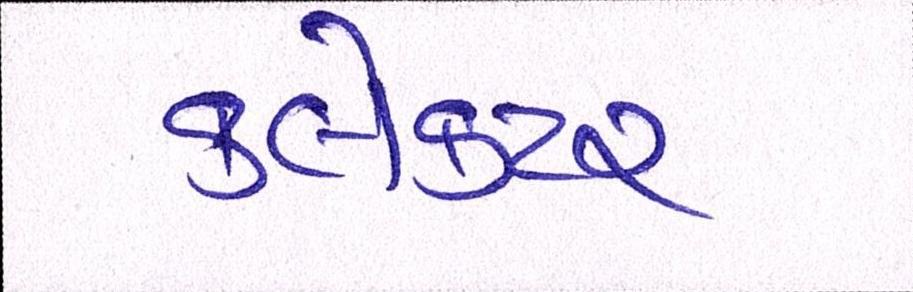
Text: ક્લેક્ટર